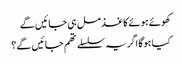
کھوئے ہوئے کاغذ مل ہی جائیں گے
کیا ہوگا اگر یہ سلسلے تھم جائیں گے؟